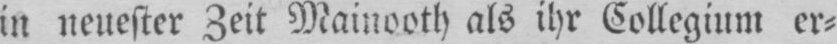
in neuester Zeit Mainooth als ihr Kollegium er⸗